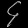
Digit: ၄